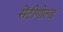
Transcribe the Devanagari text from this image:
सेंटीगोल्ड